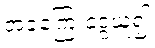
အခကြေးငွေယူ၍